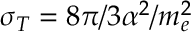
\sigma _ { T } = 8 \pi / 3 \alpha ^ { 2 } / m _ { e } ^ { 2 }